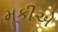
મૂકીએ